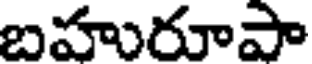
బహురూపా